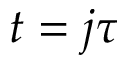
t = j \tau